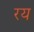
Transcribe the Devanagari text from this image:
रय